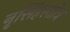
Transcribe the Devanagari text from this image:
नृसिंहस्तोत्र